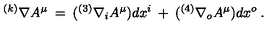
^ { ( k ) } \nabla A ^ { \mu } \: = \: ( { ^ { ( 3 ) } } \nabla _ { i } A ^ { \mu } ) d x ^ { i } \: + \: ( { ^ { ( 4 ) } } \nabla _ { o } A ^ { \mu } ) d x ^ { o } \: .